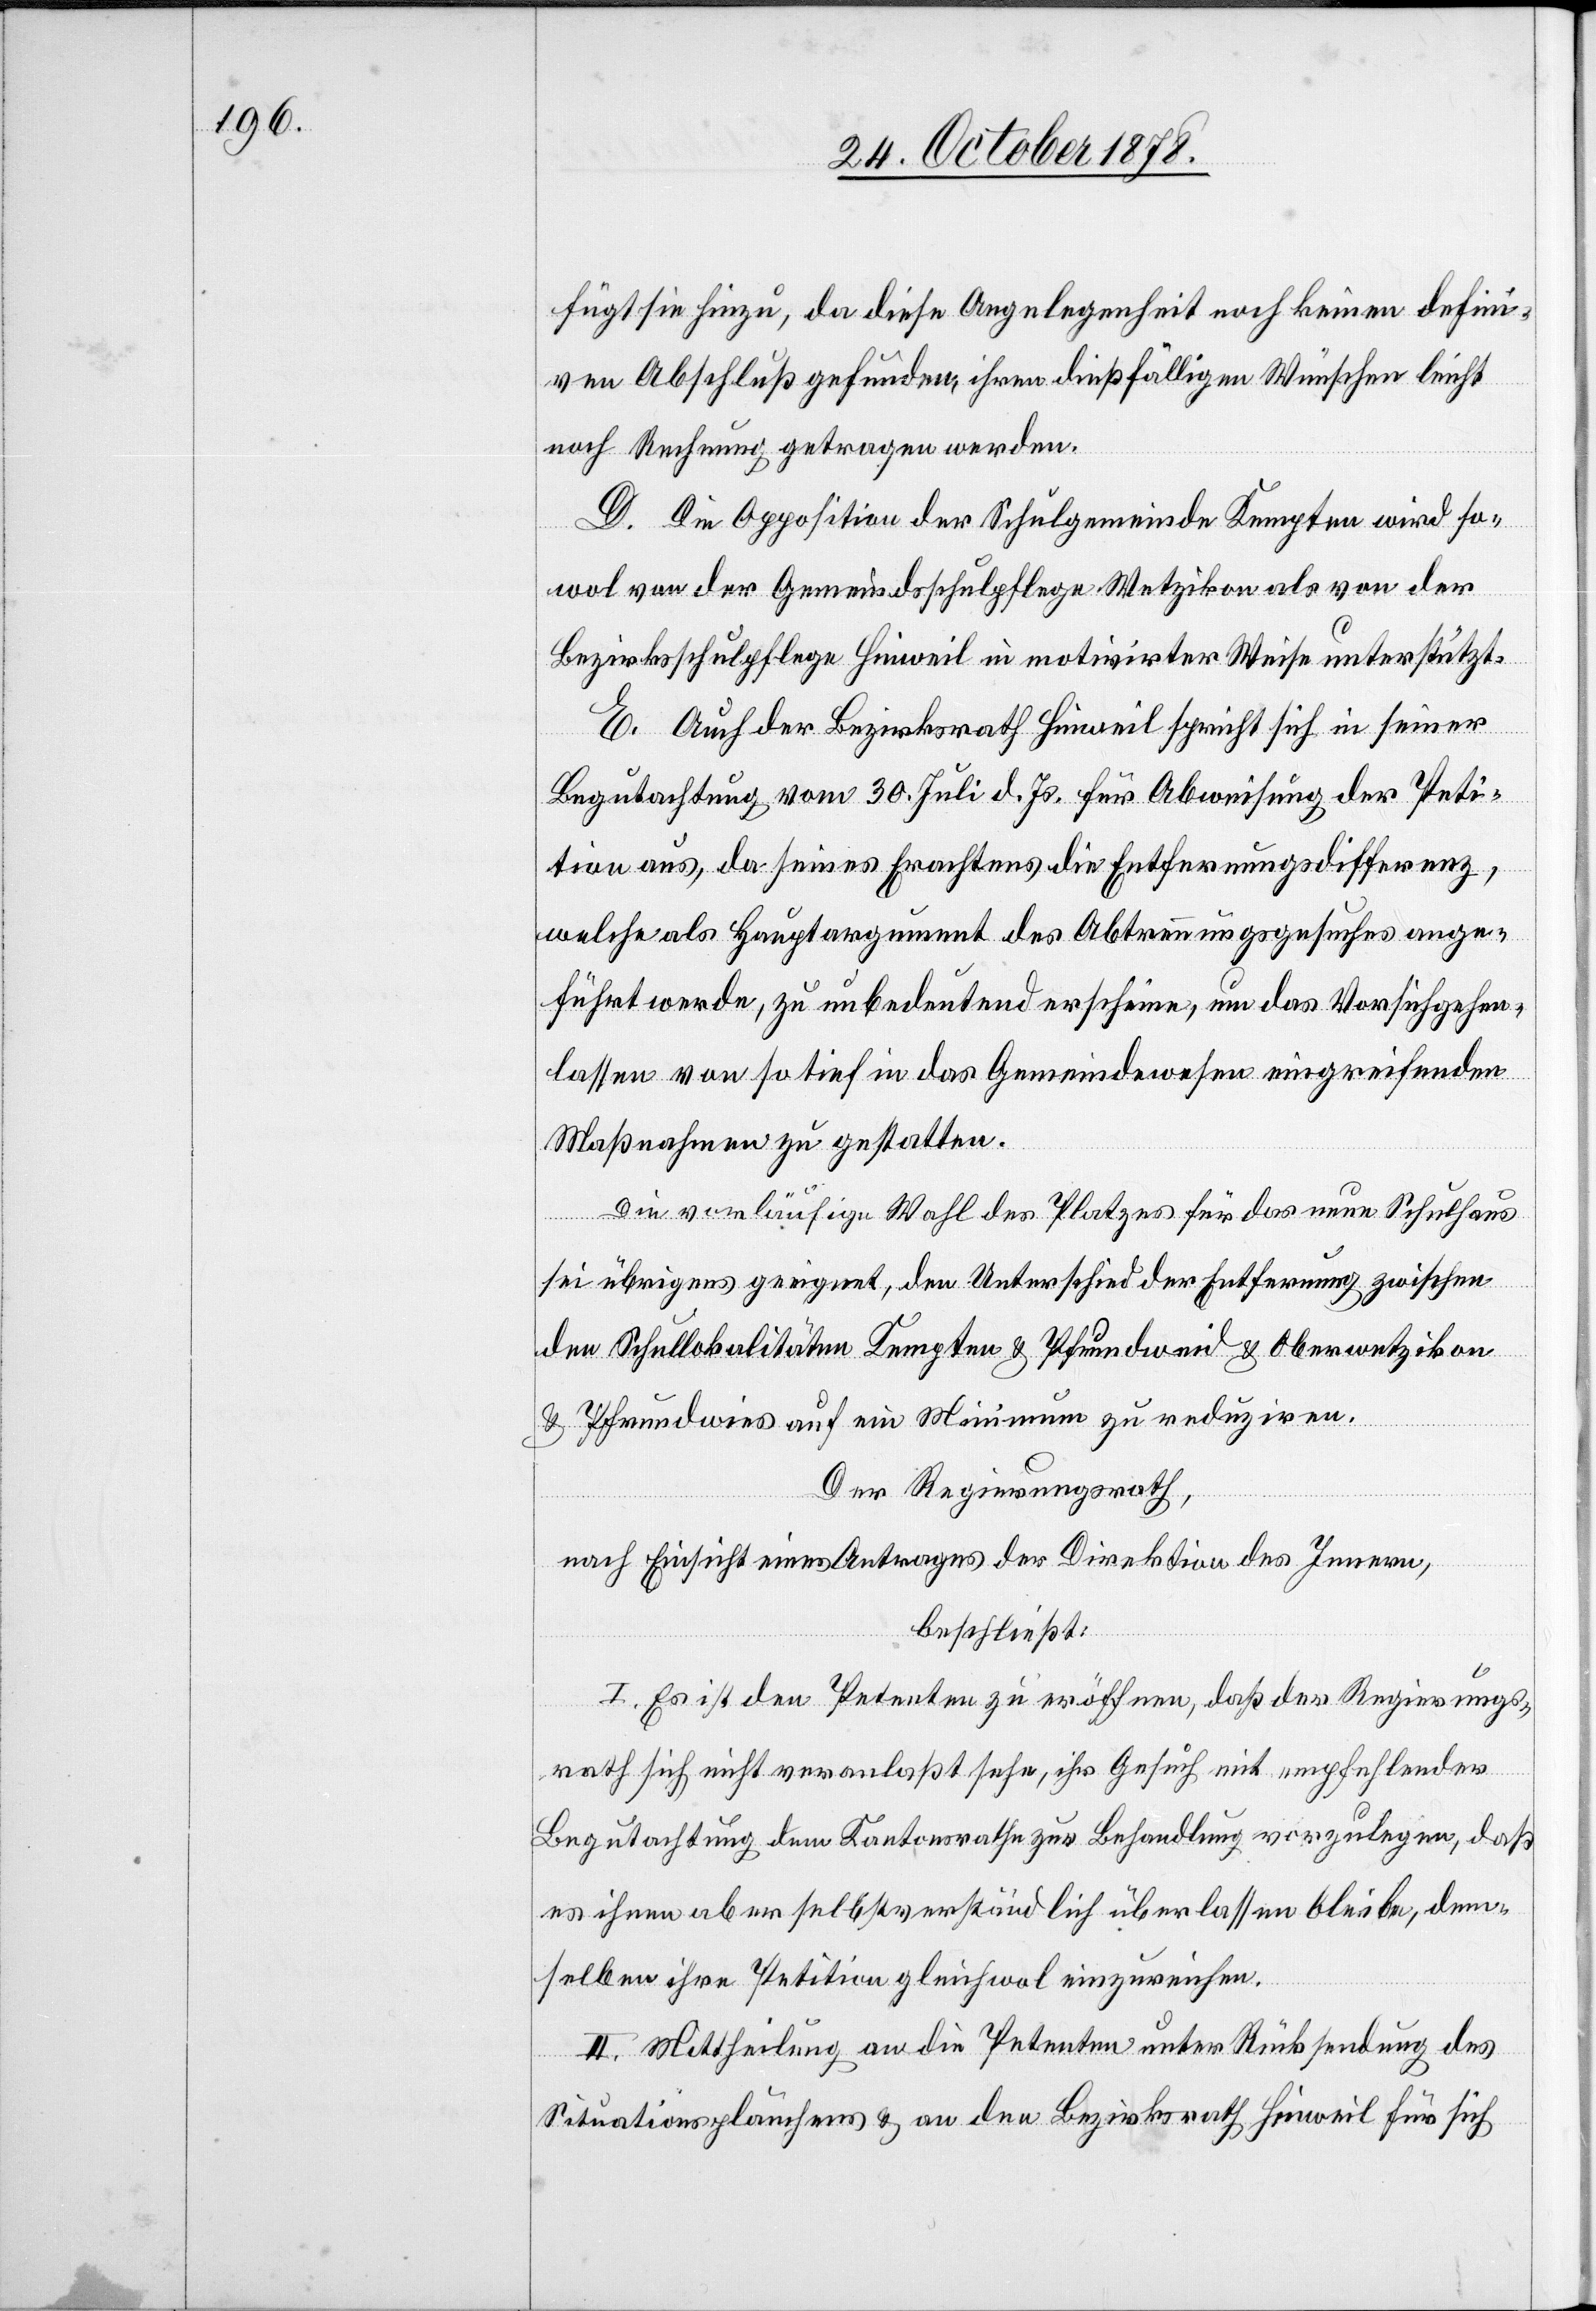
fügt sie hinzu, da diese Angelegenheit noch keinen defini¬
ven Abschluß gefunden, ihren dießfälligen Wünschen leicht
noch Rechnung getragen werden.
D. Die Opposition der Schulgemeinde Kempten wird so¬
wol von der Gemeindschulpflege Wetzikon als von der
Bezirksschulpflege Hinweil in motivirter Weise unterstützt.
E. Auch der Bezirksrath Hinweil spricht sich in seiner
Begutachtung vom 30. Juli d. Js. für Abweisung der Peti¬
tion aus, da seines Erachtens die Entfernungsdifferenz,
welche als Hauptargument des Abtretungsgesuches ange¬
führt werde, zu unbedeutend erscheine, um das Vorsichgehen¬
lassen von so tief in das Gemeindewesen eingreifenden
Maßnahmen zu gestatten.
Die vorläufige Wahl des Platzes für das neue Schulhaus
sei übrigens geeignet, den Unterschied der Entfernung zwischen
den Schullokalitäten Kempten & Pfrundweid & Oberwetzikon
& Pfrundwies auf ein Minimum zu reduziren.
Der Regierungsrath,
nach Einsicht eines Antrages der Direktion des Innern,
beschließt:
I. Es ist den Petenten zu eröffnen, daß der Regierungs¬
ti¬
rath sich nicht veranlaßt sehe, ihr Gesuch mit empfehlender
Begutachtung dem Kantonsrathe zur Behandlung vorzulegen, daß
es ihnen aber selbstverständlich überlassen bleibe, dem¬
selben ihre Petition gleichwol einzureichen.
II. Mittheilung an die Petenten unter Rücksendung des
Situationsplänchens & an den Bezirksrath Hinweil für sich